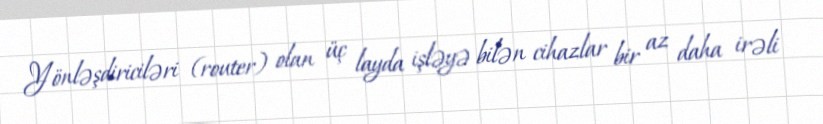
Yönləşdiriciləri (router) olan üç layda işləyə bilən cihazlar bir az daha irəli